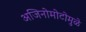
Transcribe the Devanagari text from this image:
अजिनोमोटोमुळे